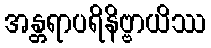
အန္တရာပရိနိဗ္ဗာယိဿ